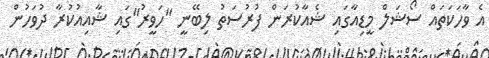
އެ ވާހަކަތައް ސޯޝަލް މީޑިއާގައި ޝެއާކުރަން ފުރުސަތު ލިބޭނީ "ހަވީރު"ގައި ޝާއިއުކުރާ ދުވަހުން